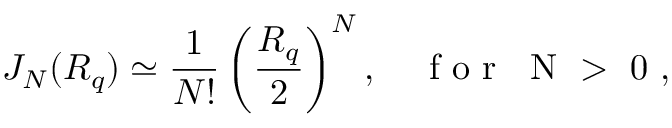
J _ { N } ( { \cal R } _ { q } ) \simeq \frac { 1 } { N ! } \left( \frac { { \cal R } _ { q } } { 2 } \right) ^ { N } , \quad \mathrm { ~ f ~ o ~ r ~ \; ~ N ~ > ~ 0 ~ } ,